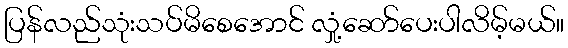
ပြန်လည်သုံးသပ်မိစေအောင် လှုံ့ဆော်ပေးပါလိမ့်မယ်။